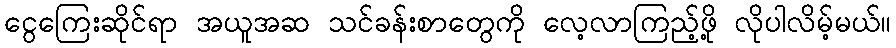
ငွေကြေးဆိုင်ရာ အယူအဆ သင်ခန်းစာတွေကို လေ့လာကြည့်ဖို့ လိုပါလိမ့်မယ်။